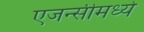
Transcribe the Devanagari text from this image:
एजन्सीमध्ये